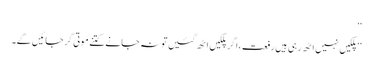
‘‘
’’پلکیں نہیں اٹھ رہی ہیں رفعت ،اگر پلکیں اٹھ گئیں تو نہ جانے کتنے موتی گر جائیں گے۔